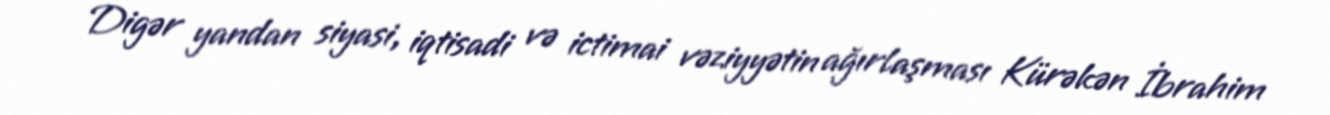
Digər yandan siyasi, iqtisadi və ictimai vəziyyətin ağırlaşması Kürəkən İbrahim